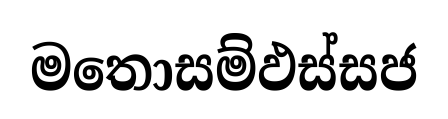
මතොසම්ඵස්සජ